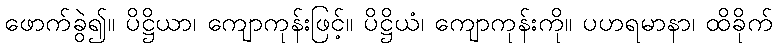
ဖောက်ခွဲ၍။ ပိဋ္ဌိယာ၊ ကျောကုန်းဖြင့်။ ပိဋ္ဌိယံ၊ ကျောကုန်းကို။ ပဟရမာနာ၊ ထိခိုက်